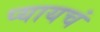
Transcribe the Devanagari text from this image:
प्यायचं